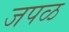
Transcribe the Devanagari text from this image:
जपळ